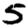
Digit: 5